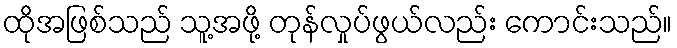
ထိုအဖြစ်သည် သူ့အဖို့ တုန်လှုပ်ဖွယ်လည်း ကောင်းသည်။